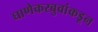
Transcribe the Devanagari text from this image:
घाणेकरबुवांकडून